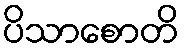
ပိသာစောတိ